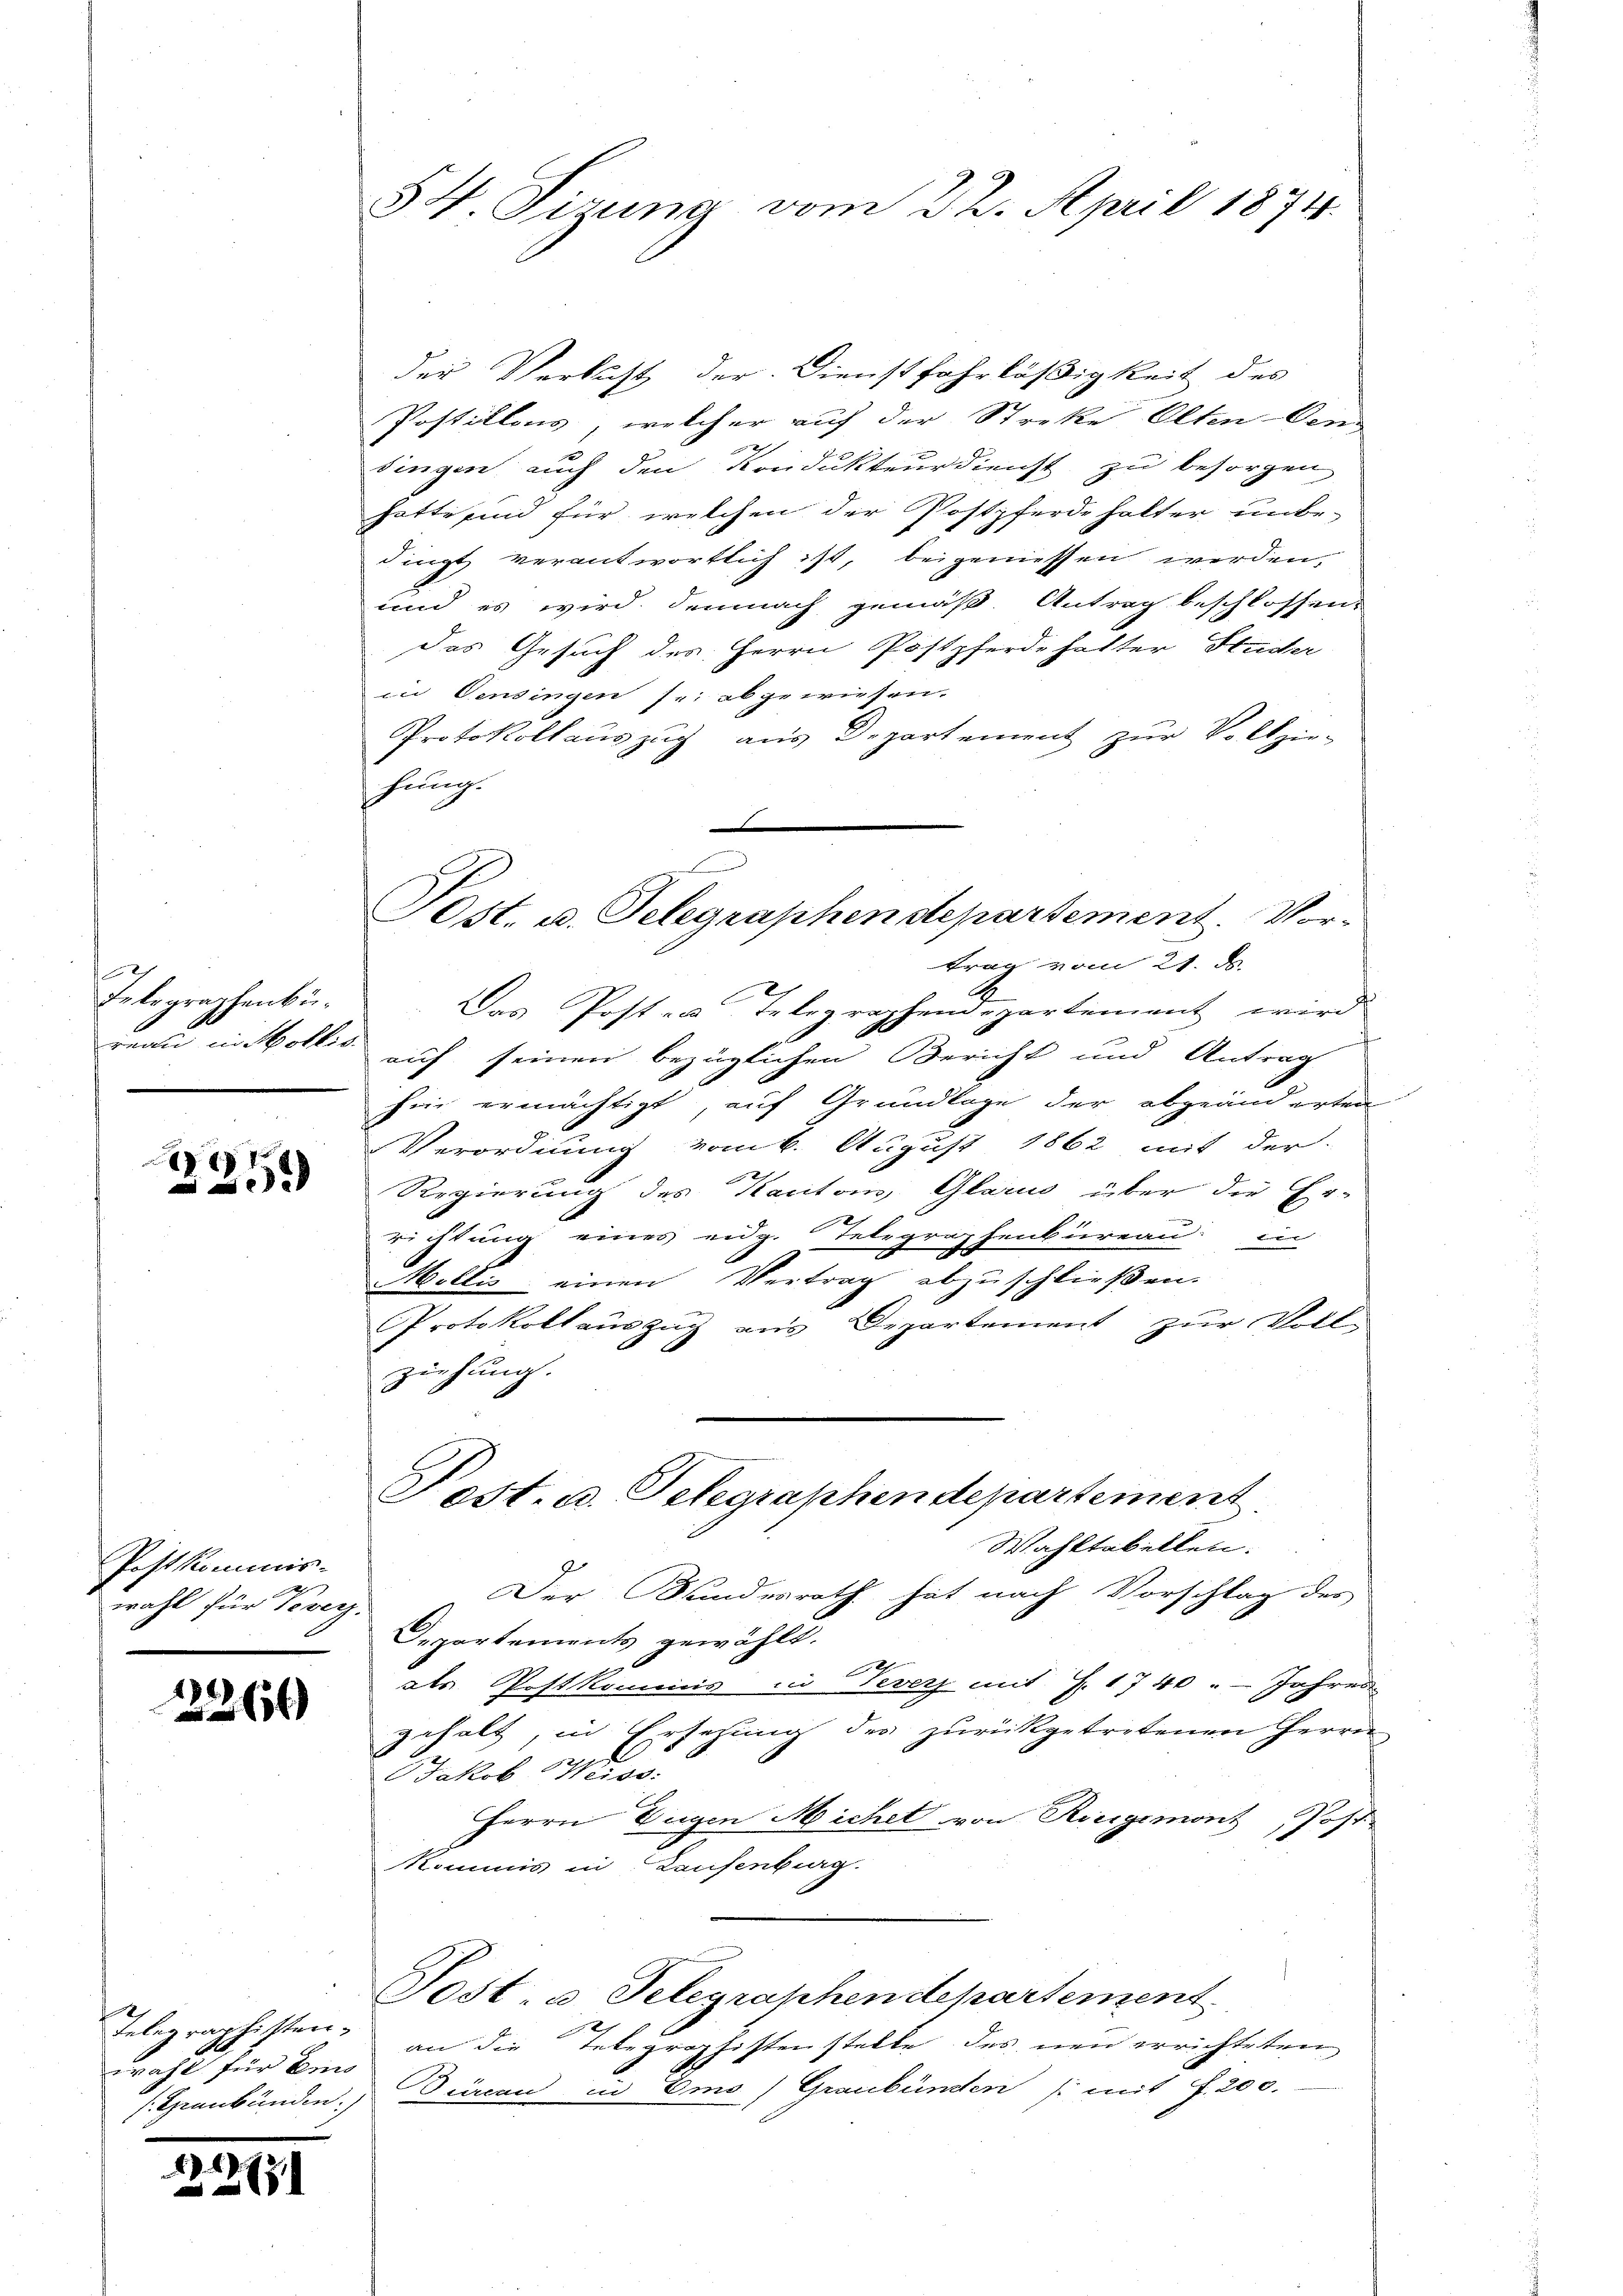
s
Telographenbüreau in kollie

x
2

Postkommis-
wahl für Veveyz.

2266

Telegraphisten.
wahl für ein

12. 1873.

54 Tirung vom 22. April 1874.

der Verlust der Dienstfahrläßigkeit des
Postillons, welcher auf der Streke Oltenden
dingen auch den Kondukteur dienst zu besorgen
hatte sind für welchen der Postpferdehalter unbe-
dingt verantwortlich ist, beigeniessen werden,
und es wird demnach gemäß. Antrag beschlossen.
das Gesuch des Herrn Postpferde hatter Studer
in Oensingen sei abgewiesen.
Protokollauszug aus Departement zur Vollzie-
hung.
.
trag vom 21. d.
 Das Posten Telegraphen-partement wird
auf seinen bezüglichen Bericht und Antrag
hin ermächtigt, auf Grundlage der abgeänderten
Verordnung vom 6. August 1862 mit der
Regierung des Kanton Glarus über die Errichtung eines eidg.
raphenbureau in
g
Mollis einen Vertrag abzuschließen.
Protokollauszug aus Departement zur Volle
ziehung. |
Fest. d. Telegraphendepartement
Wahltabellen.
Der Bundesrath hat nach Vorschlag des
Departements gewählt.
als Postkommis in Vevers mit J. 1740 " Jahres
gehalt, in Ersetzung des zurückgetretenen Herrn
JJakob Weise.
Herrn Eugen Michet von Riegemont, Post
Kommis in Laufenburg.
Post u. Telegraphendepartement
an die Telegraphisten stelle des neu errichteten
s. Graubünden. Decan in Emo) Graubünden /: mit f. 200.

x
Ost. u. Telegraphendepartement. Vor-

¬